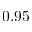
0 . 9 5